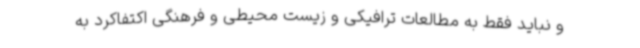
و نباید فقط به مطالعات ترافیکی و زیست محیطی و فرهنگی اکتفاکرد به‌